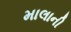
માલાની